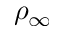
\rho _ { \infty }